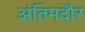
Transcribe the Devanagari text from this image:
अंतिमदौर